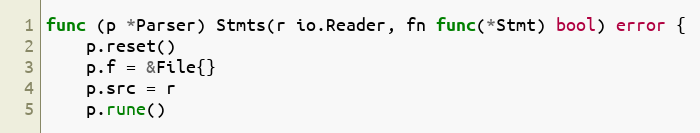
Language: Go
func (p *Parser) Stmts(r io.Reader, fn func(*Stmt) bool) error {
	p.reset()
	p.f = &File{}
	p.src = r
	p.rune()